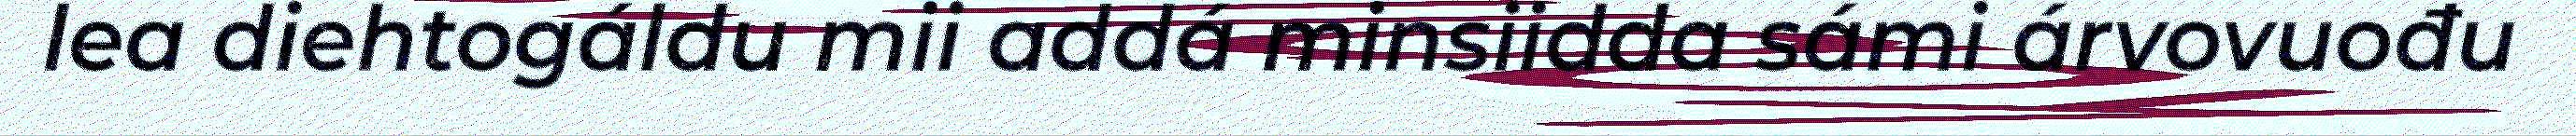
lea diehtogáldu mii addá minsiidda sámi árvovuođu